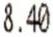
8.40